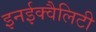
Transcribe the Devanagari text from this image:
इनईक्वैलिटी